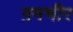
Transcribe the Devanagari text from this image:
ग़मभीर